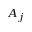
A _ { j }